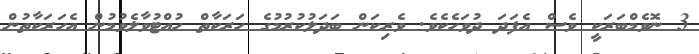
3 ނޮވެމްބަރަކީ ވެސް އެފަދަ ދުވަހެކެވެ. ވެރިކަން ބަދަލުކުރުމުގެ ހަރަކާތް ހުއްޓުވާލެވުމުން އެހަރަކާތުން